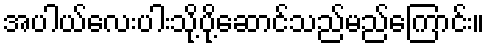
အပါယ်လေးပါးသို့ပို့ဆောင်သည်မည်ကြောင်း။